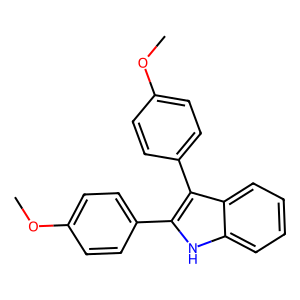
SMILES: COc1ccc(-c2[nH]c3ccccc3c2-c2ccc(OC)cc2)cc1
Inhibits HIV replication: No